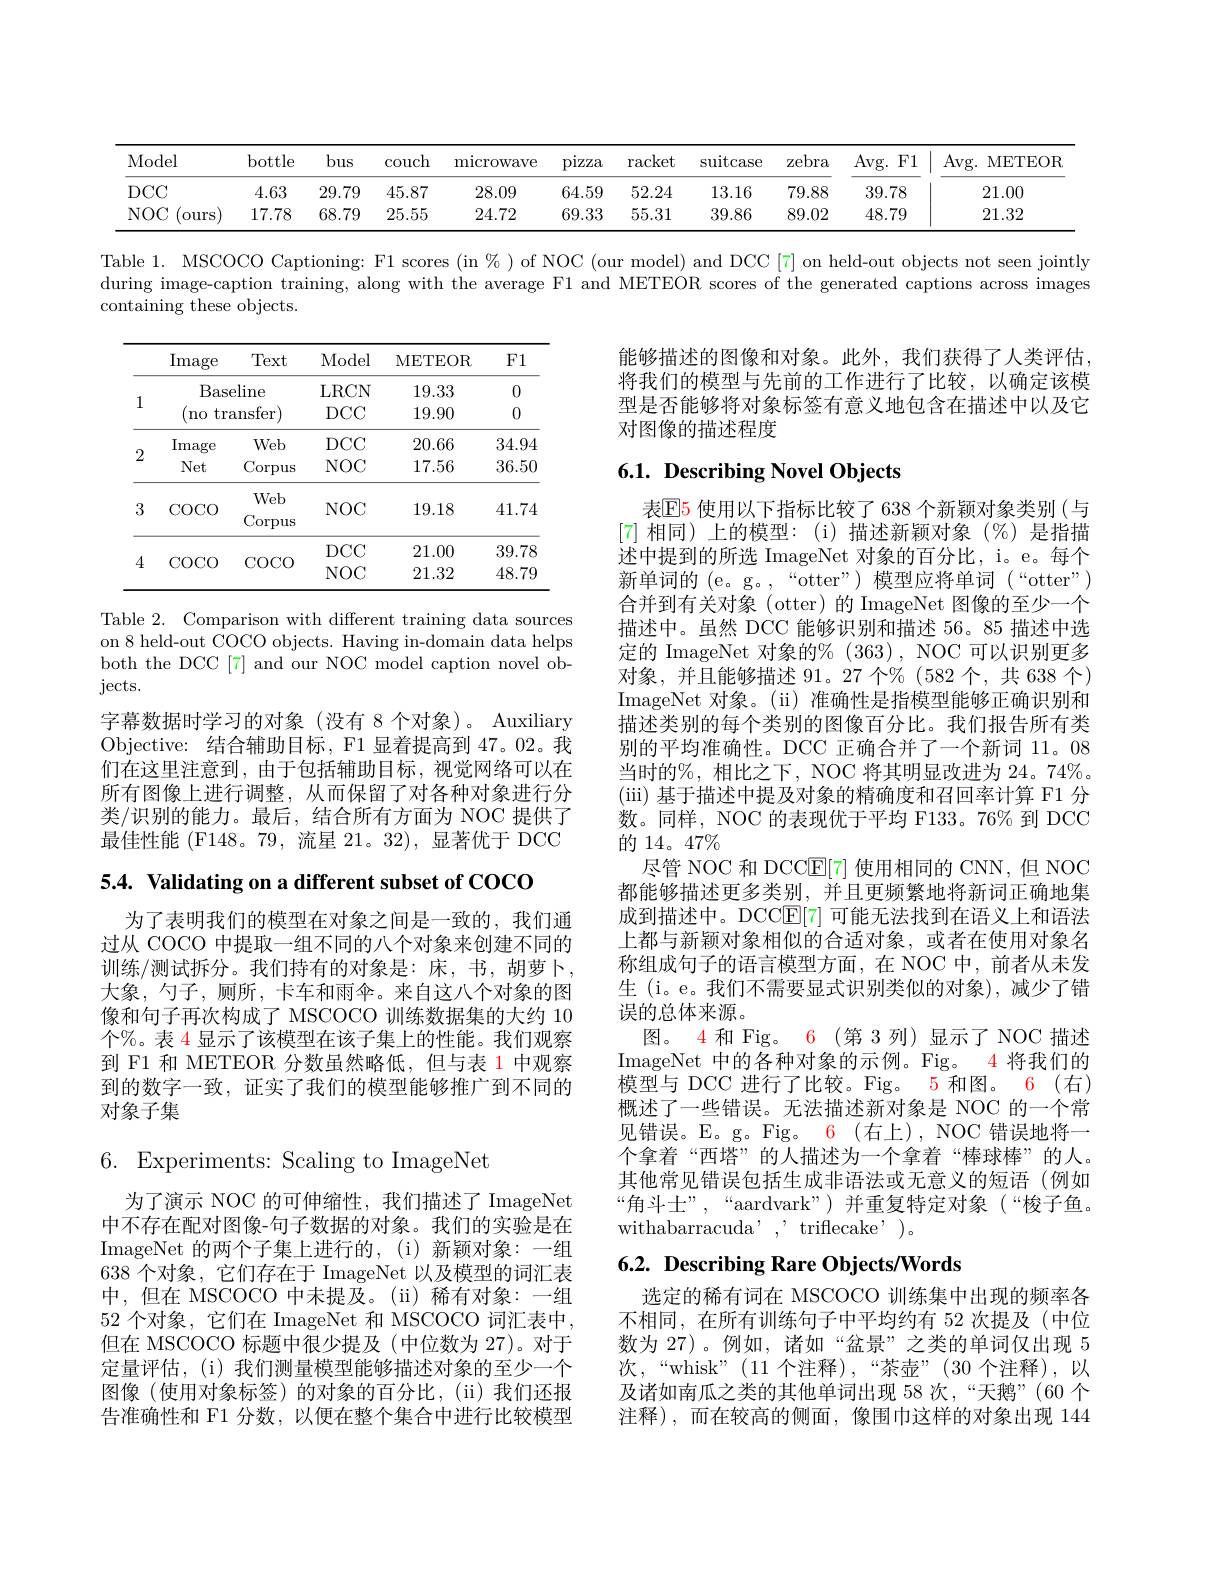
<table>
	<tbody>
		<tr>
			<th>Model</th>
			<th>bottle</th>
			<th>bus</th>
			<th>couch</th>
			<th>microwave</th>
			<th>pizza</th>
			<th>$\operatorname{racket}$</th>
			<th>suitcase</th>
			<th>zebra</th>
			<th>Avg. I $F1$</th>
			<th>Avg. I METEOR</th>
		</tr>
		<tr>
			<td>$DCC$</td>
			<td>4.63</td>
			<td>29.79</td>
			<td>45.87</td>
			<td>28.09</td>
			<td>64.59</td>
			<td>52.24</td>
			<td>13.16</td>
			<td>79.88</td>
			<td>39.78</td>
			<td>21.00</td>
		</tr>
		<tr>
			<td>$NOC$ ours</td>
			<td>17.78</td>
			<td>68.79</td>
			<td>25.55</td>
			<td>24.72</td>
			<td>69.33</td>
			<td>55.31</td>
			<td>39.86</td>
			<td>89.02</td>
			<td>48.79</td>
			<td>21.32</td>
		</tr>
	</tbody>
</table>

Table 1. MSCOCO Captioning: F1 scores (in % ) of NOC (our model) and DCC[7] on held-out objects not seen jointly

during image-caption training, along with the average F1 and METEOR scores of the generated captions across images

containing these objects.

能够描述的图像和对象。此外，我们获得了人类评估将我们的模型与先前的工作进行了比较，以确定该模型是否能够将对象标签有意义地包含在描述中以及它对图像的描述程度

<table>
	<tbody>
		<tr>
			<th> </th>
			<th>Image</th>
			<th>Text</th>
			<th>Model</th>
			<th>METEOR</th>
			<th>$F1$</th>
		</tr>
		<tr>
			<td rowspan="2">1</td>
			<td>Base</td>
			<td>eline</td>
			<td>LRCN</td>
			<td>19.33</td>
			<td>0</td>
		</tr>
		<tr>
			<td>no tri -</td>
			<td>ansfer)</td>
			<td>$DCC$</td>
			<td>19.90</td>
			<td>0</td>
		</tr>
		<tr>
			<td rowspan="2">2</td>
			<td>Image</td>
			<td>Web</td>
			<td>$DCC$</td>
			<td>20.66</td>
			<td>34.94</td>
		</tr>
		<tr>
			<td>Net</td>
			<td>Corpus</td>
			<td>$NOC$</td>
			<td>17.56</td>
			<td>36.50</td>
		</tr>
		<tr>
			<td>3</td>
			<td>$COCO$</td>
			<td>Web Corpus</td>
			<td>$NOC$</td>
			<td>19.18</td>
			<td>41.74</td>
		</tr>
		<tr>
			<td rowspan="2">4</td>
			<td> </td>
			<td> </td>
			<td>$DCC$</td>
			<td>21.00</td>
			<td>39.78</td>
		</tr>
		<tr>
			<td>$UUU$</td>
			<td>uUU</td>
			<td>$NOC$</td>
			<td>21.32</td>
			<td>48.79</td>
		</tr>
	</tbody>
</table>

## $6. 1. \textbf{ Describing Novel Objects}$

Table 2. Comparison with different training data sources on 8 held-out COCO objects. Having in-domain data helps both the DCC[7] and our NOC model caption novel objects.
字幕数据时学习的对象(没有 8 个对象)。Auxiliary Objective: 结合辅助目标，F1 显着提高到 47。02。我们在这里注意到，由于包括辅助目标，视觉网络可以在所有图像上进行调整，从而保留了对各种对象进行分类/识别的能力。最后，结合所有方面为 NOC 提供了最佳性能 (F148。79,流星 21。32),显著优于 DCC

表$\color{red}{\mathrm{E}}$5 使用以下指标比较了 638 个新颖对象类别 (与[7]相同)上的模型：(i)描述新颖对象(%)是指描述中提到的所选 ImageNet 对象的百分比，i。e。每个新单词的 (e。g。,“otter”) 模型应将单词 (“otter”) 合并到有关对象 (otter)的 ImageNet 图像的至少一个描述中。虽然 DCC 能够识别和描述 56。85 描述中选定的 ImageNet 对象的% (363), NOC 可以识别更多对象，并且能够描述 91。27 个% (582 个，共 638 个) ImageNet 对象。(ii) 准确性是指模型能够正确识别和描述类别的每个类别的图像百分比。我们报告所有类别的平均准确性。DCC 正确合并了一个新词 11。08当时的%, 相比之下，NOC 将其明显改进为 24。74%。(iii)基于描述中提及对象的精确度和召回率计算 F1 分数。同样，NOC 的表现优于平均 F133。76% 到 DCC 的 14。47%
尽管 NOC 和 DCC$\mathbb{E}[7]$使用相同的 CNN,但 NOC 都能够描述更多类别，并且更频繁地将新词正确地集成到描述中。DCC$\mathbb{E}[7]$可能无法找到在语义上和语法上都与新颖对象相似的合适对象，或者在使用对象名称组成句子的语言模型方面，在 NOC 中，前者从未发生 (i。e。我们不需要显式识别类似的对象),减少了错误的总体来源。
图。4 和 Fig。6 (第 3 列)显示了 NOC 描述ImageNet 中的各种对象的示例。Fig。4 将我们的模型与 DCC 进行了比较。Fig。5和图。6(右) 概述了一些错误。无法描述新对象是 NOC 的一个常见错误。E。g。Fig。6(右上),NOC 错误地将一个拿着“西塔”的人描述为一个拿着“棒球棒”的人。其他常见错误包括生成非语法或无意义的短语(例如“角斗士”,“aardvark”)并重复特定对象(“梭子鱼。withabarracuda,, triflecake, )。

5.4. Validating on a different subset of COCO

为了表明我们的模型在对象之间是一致的，我们通过从 COCO 中提取一组不同的八个对象来创建不同的训练/测试拆分。我们持有的对象是：床，书，胡萝卜大象，勺子，厕所，卡车和雨伞。来自这八个对象的图像和句子再次构成了 MSCOCO 训练数据集的大约 10个%。表 4 显示了该模型在该子集上的性能。我们观察到 F1 和 METEOR 分数虽然略低，但与表 1 中观察到的数字一致，证实了我们的模型能够推广到不同的对象子集

6. Experiments: Scaling to ImageNet

## $6. 2. \textbf{ Describing Rare Objects/ Words}$

为了演示 NOC 的可伸缩性，我们描述了 ImageNet 中不存在配对图像-句子数据的对象。我们的实验是在ImageNet 的两个子集上进行的，(i)新颖对象：一组638 个对象，它们存在于 ImageNet 以及模型的词汇表中，但在 MSCOCO 中未提及。(ii)稀有对象：一组52 个对象，它们在 ImageNet 和 MSCOCO 词汇表中但在 MSCOCO 标题中很少提及(中位数为 27)。对于定量评估，(i)我们测量模型能够描述对象的至少一个图像(使用对象标签)的对象的百分比，(ii)我们还报告准确性和 F1 分数，以便在整个集合中进行比较模型

选定的稀有词在 MSCOCO 训练集中出现的频率各不相同，在所有训练句子中平均约有 52 次提及(中位数为 27)。例如，诸如“盆景”之类的单词仅出现 5次，“whisk”(11 个 注 释 ) , “ 茶 壶 ” ( 30 个 注 释 ) , 以 及诸如南瓜之类的其他单词出现 58 次，“天鹅”(60 个注释),而在较高的侧面，像围巾这样的对象出现 144